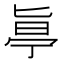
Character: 𠤟